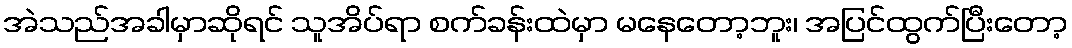
အဲသည်အခါမှာဆိုရင် သူအိပ်ရာ စက်ခန်းထဲမှာ မနေတော့ဘူး၊ အပြင်ထွက်ပြီးတော့